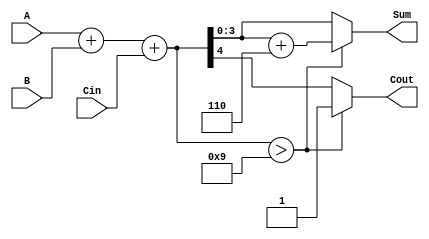
module BCD_Async_Adder (
    input  [3:0] A,       // First BCD digit
    input  [3:0] B,       // Second BCD digit
    input        Cin,      // Carry input
    output reg [3:0] Sum,  // BCD sum output
    output reg Cout        // Carry output
);

    // Intermediate signals
    wire [4:0] binary_sum;  // 5-bit sum to accommodate carry
    wire correction_needed;   // Flag to indicate if correction is needed

    // Binary addition of A, B and Cin
    assign binary_sum = A + B + Cin;

    // Determine if correction is needed
    assign correction_needed = (binary_sum > 5'd9);

    always @(*) begin
        // Default outputs
        Sum = binary_sum[3:0]; // Take the lower 4 bits as the initial sum
        Cout = binary_sum[4];   // Carry out from the binary addition

        // Check if correction is needed
        if (correction_needed) begin
            Sum = Sum + 4'b0110; // Add 6 to correct the BCD result
            Cout = 1'b1;         // Set carry out if correction was applied
        end else begin
            Cout = binary_sum[4]; // Carry out remains as is if no correction
        end
    end

endmodule